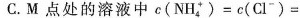
C.M点处的溶液中$$c (\mathrm { N H } _ { 2 } ^ { + } ) = c ( \mathrm{CI} ^ { - } ) =